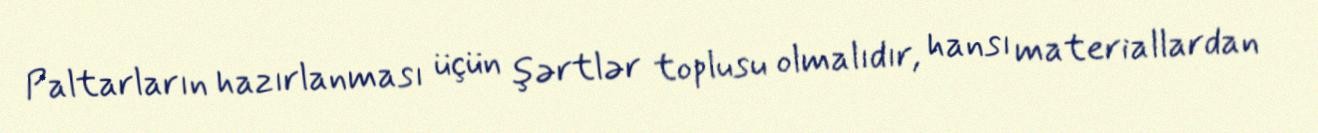
Paltarların hazırlanması üçün şərtlər toplusu olmalıdır, hansı materiallardan